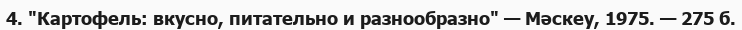
4. "Картофель: вкусно, питательно и разнообразно" — Мәскеу, 1975. — 275 б.